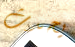
يحدث